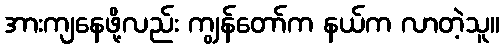
အားကျနေဖို့လည်း ကျွန်တော်က နယ်က လာတဲ့သူ။